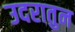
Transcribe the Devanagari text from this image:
उदरातुन